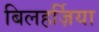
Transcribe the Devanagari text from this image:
बिलहर्ज़िया